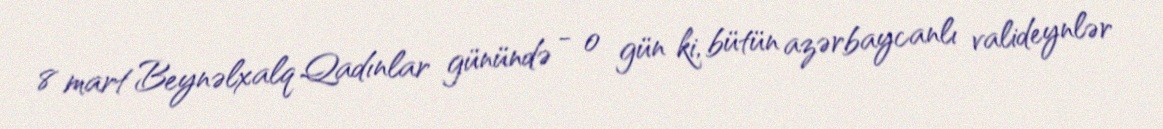
8 mart Beynəlxalq Qadınlar günündə - o gün ki, bütün azərbaycanlı valideynlər